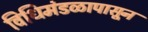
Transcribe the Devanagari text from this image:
विधिमंडळापासून